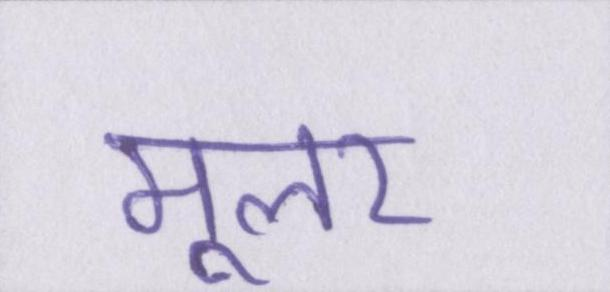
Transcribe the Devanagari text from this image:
मूलर